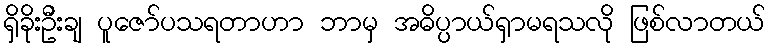
ရှိခိုးဦးချ ပူဇော်ပသရတာဟာ ဘာမှ အဓိပ္ပာယ်ရှာမရသလို ဖြစ်လာတယ်